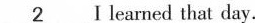
\underline{2} I learned that day.